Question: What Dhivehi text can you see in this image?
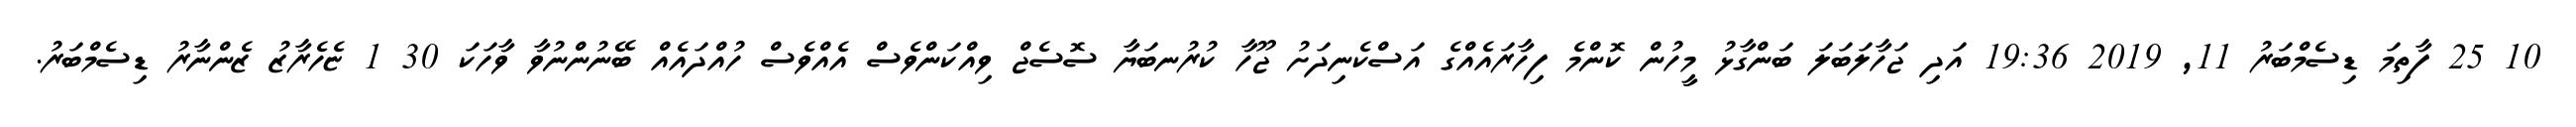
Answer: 10 25 ފާތިމަ ޑިސެމްބަރު 11, 2019 19:36 އަދި ޖަހާލަބަލަ ބަންގާޅު މީހުން ކޮންމެ ފިހާރައެއްގެ އަސްކެނިދަށު ޖޫހާ ކުރުނބަޔާ ސޮސެޖް ވިއްކަންވެސް އެއްވެސް ހުއްދައެއް ބޭނުންނުވާ ވާހަކަ 30 1 ޏެހެރާޒު ޒެންނާރު ޑިސެމްބަރު.